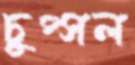
চুপ্‌সল